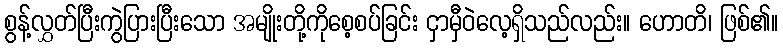
စွန့်လွှတ်ပြီးကွဲပြားပြီးသော အမျိုးတို့ကိုစေ့စပ်ခြင်း ငှာမှီဝဲလေ့ရှိသည်လည်း။ ဟောတိ၊ ဖြစ်၏။